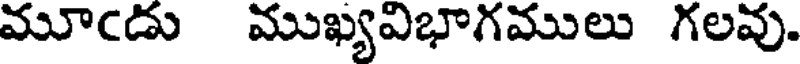
మూఁడు ముఖ్యవిభాగములు గలవు.